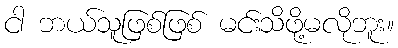
ငါ ဘယ်သူဖြစ်ဖြစ် မင်းသိဖို့မလိုဘူး။